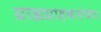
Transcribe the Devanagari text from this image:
ग्राह्यग्राहकसंबंध